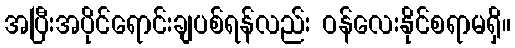
အပြီးအပိုင်ရောင်းချပစ်ရန်လည်း ဝန်လေးနိုင်စရာမရှိ။